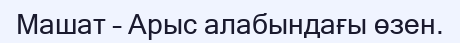
Машат – Арыс алабындағы өзен.